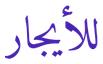
للأيجار